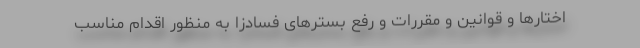
اختارها و قوانین و مقررات و رفع بسترهای فسادزا به منظور اقدام مناسب